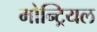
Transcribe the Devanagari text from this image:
मोन्ट्रियल